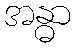
အန္ဓာ